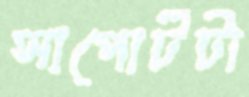
সাপোর্টটা